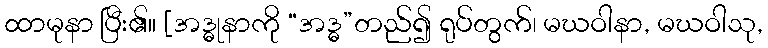
ထာမုနာ ပြီး၏။ [အဒ္ဓုနာကို “အဒ္ဓ”တည်၍ ရုပ်တွက်၊ မဃဝါနာ, မဃဝါသု,